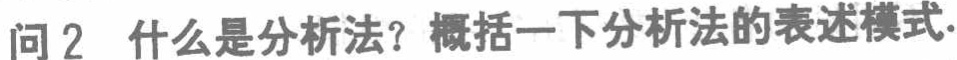
问 2 什么是分析法？概括一下分析法的表述模式.